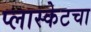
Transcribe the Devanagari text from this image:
प्लास्केटचा